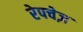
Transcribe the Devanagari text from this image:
रेपचेज़